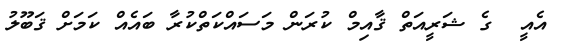
އެއީ  ގެ ޝަރީއަތް ޤާއިމް ކުރަން މަސައްކަތްކުރާ ބައެއް ކަމަށް ޤަބޫލު